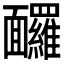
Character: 𩉙